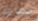
مستشارة